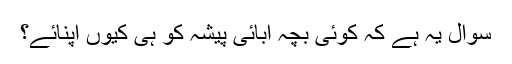
سوال یہ ہے کہ کوئی بچہ آبائی پیشہ کو ہی کیوں اپنائے؟